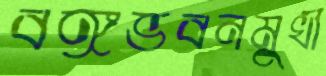
বঙ্গভবনমুখী